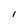
Character: I